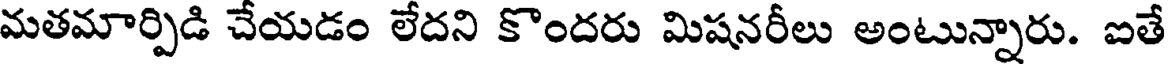
మతమార్పిడి చేయడం లేదని కొందరు మిషనరీలు అంటున్నారు. ఐతే